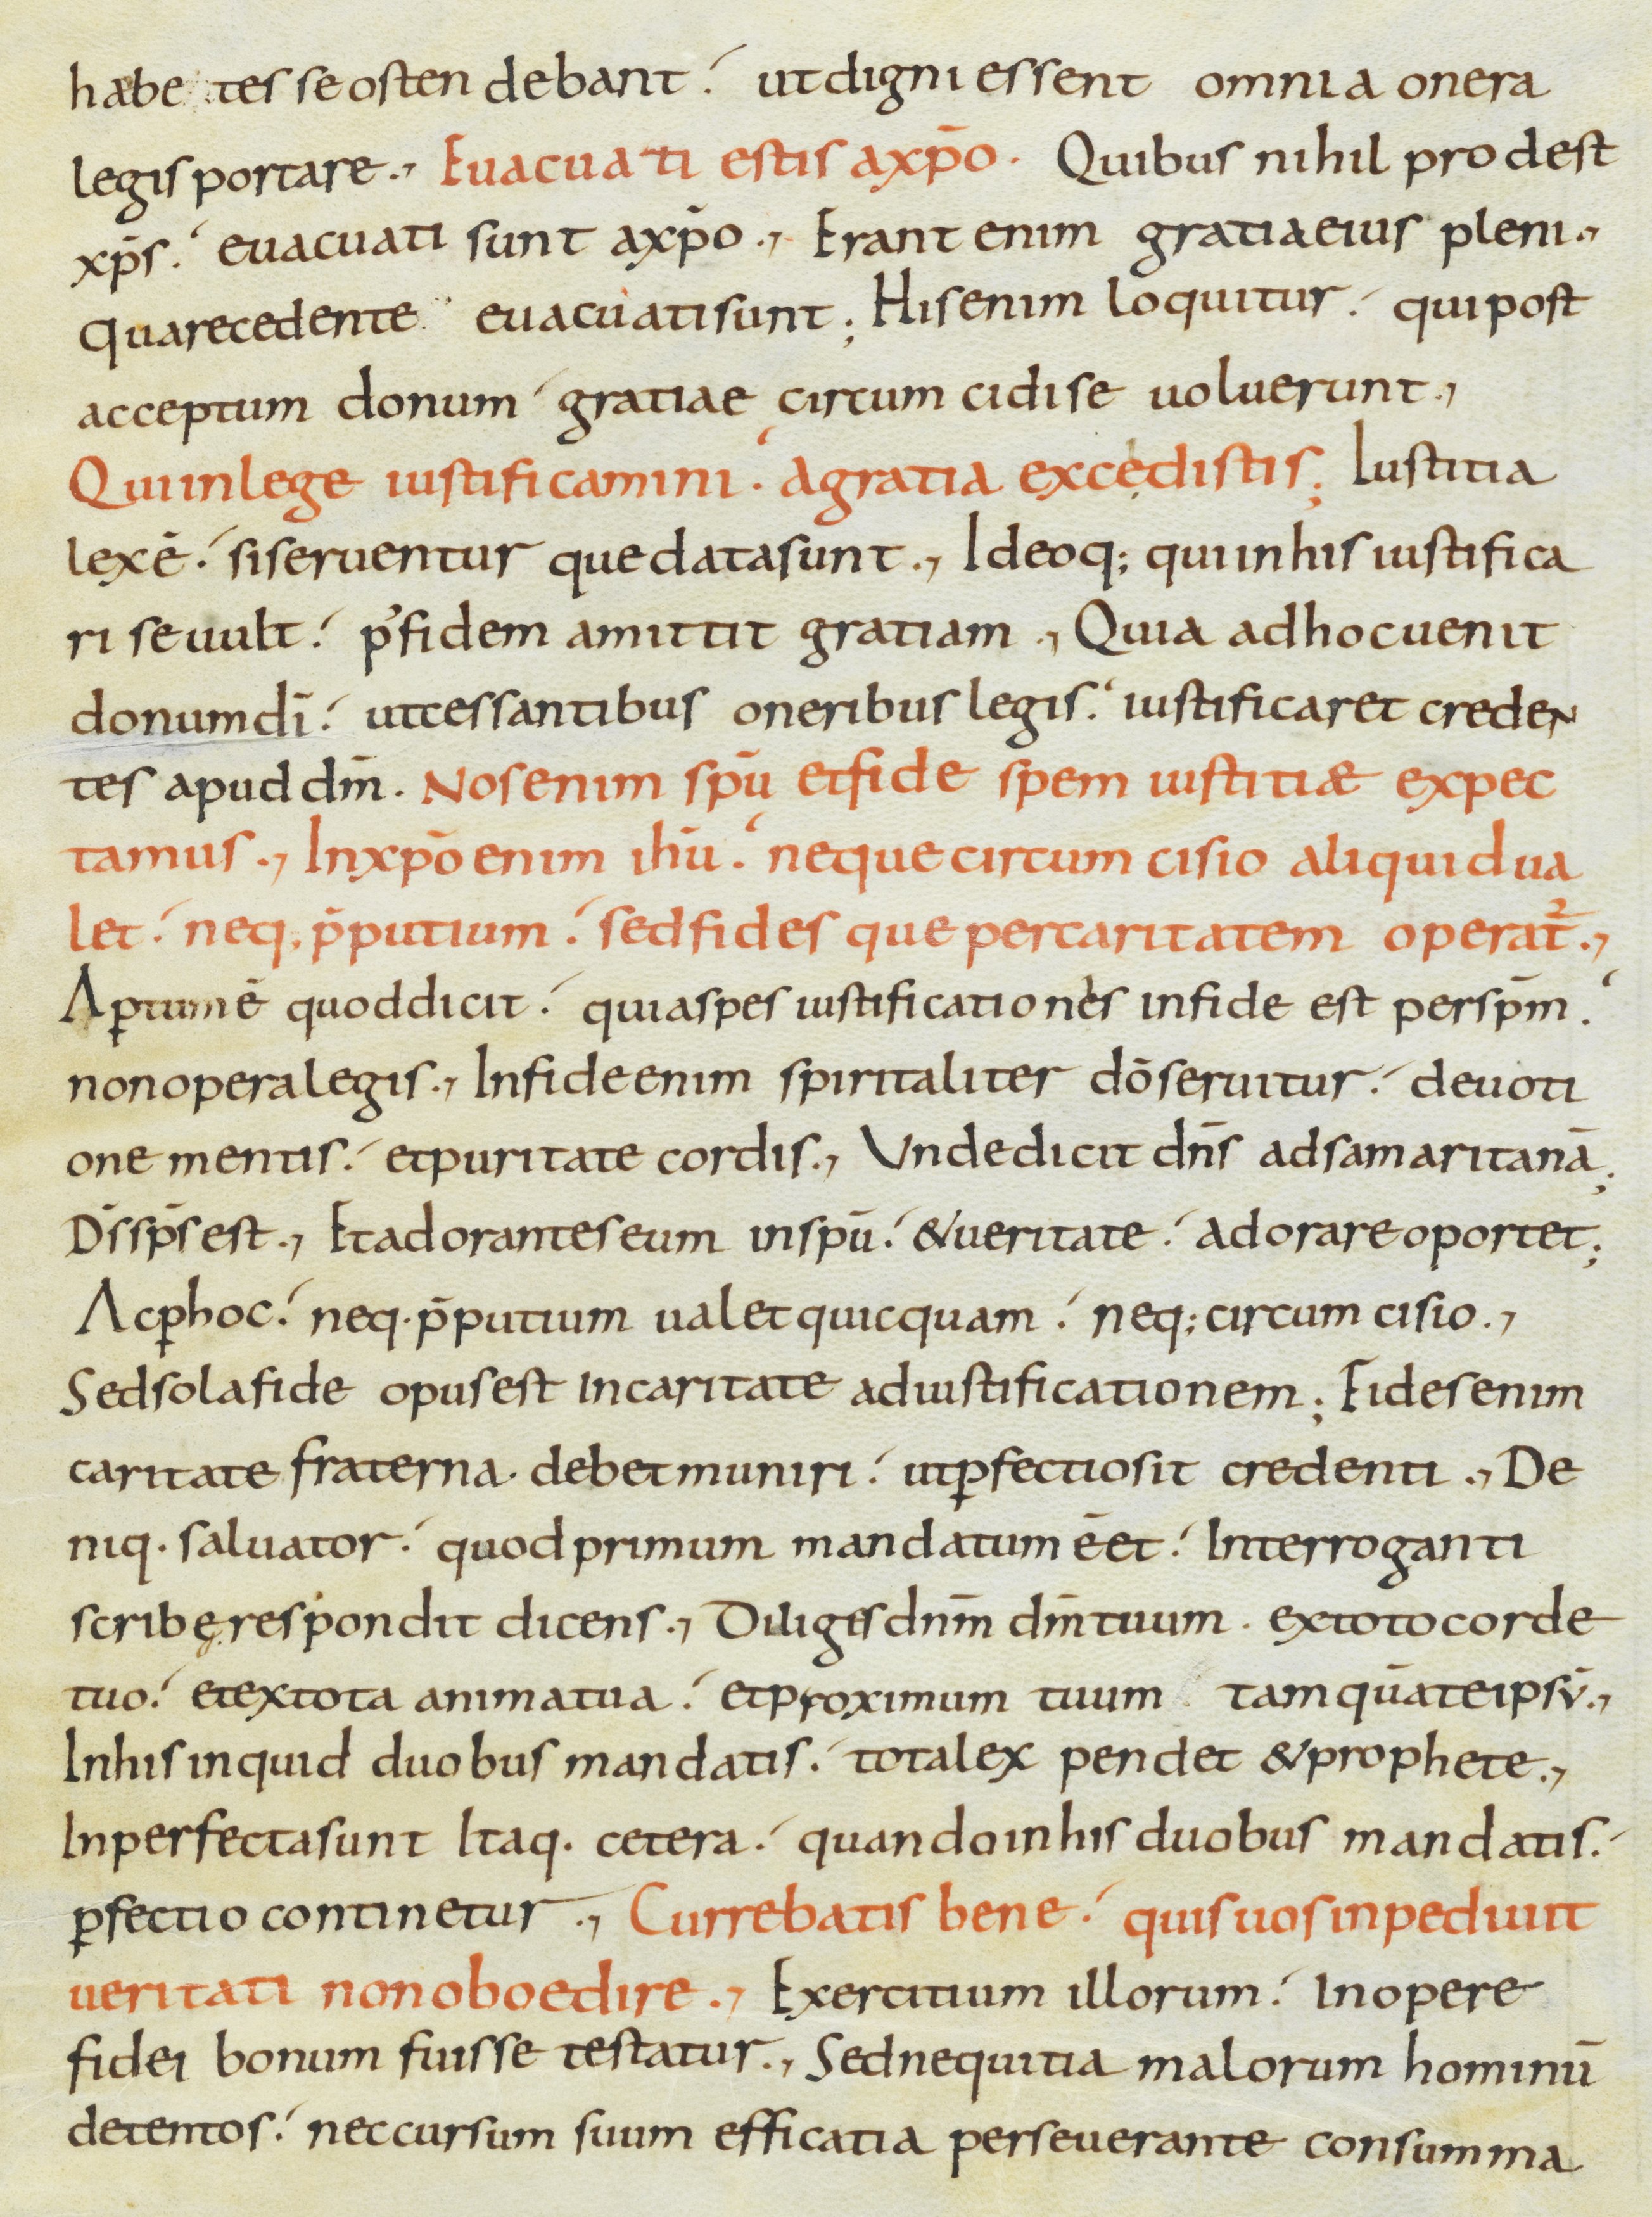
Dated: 800–899